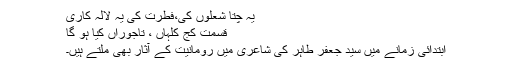
یہ چتا شعلوں کی،فطرت کی یہ لالہ کاری
قسمت کج کلہاں ، تاجوراں کیا ہو گا
ابتدائی زمانے میں سید جعفر طاہر کی شاعری میں رومانیت کے آثار بھی ملتے ہیں۔